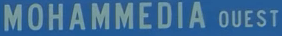
MOHAMMEDIA OUEST